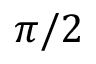
\pi / 2